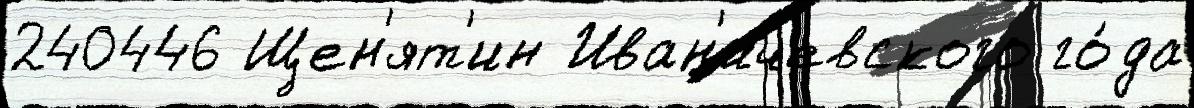
240446 Щен'ят'ин Иван'ичевского го́да